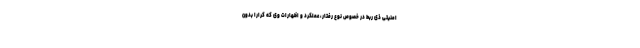
امنیتی ذی ربط در خصوص نوع رفتار، عملکرد و اظهارات وی که کراراً بدون